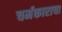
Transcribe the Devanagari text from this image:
चर्मकाराचा